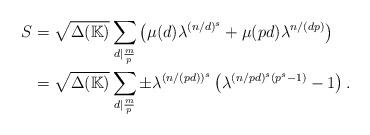
LaTeX: \begin{align*}S & = {\sqrt{\Delta({\mathbb K})}}\sum_{d\vert\frac{m}{p}} \left(\mu(d) \lambda^{(n/d)^s}+\mu(pd) \lambda^{n/(dp)}\right)\\& = {\sqrt{\Delta({\mathbb K})}}\sum_{d\vert\frac{m}{p}}\pm \lambda^{(n/(pd))^s}\left(\lambda^{(n/pd)^s(p^s-1)}-1\right).\end{align*}